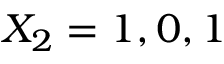
X _ { 2 } = 1 , 0 , 1